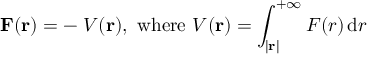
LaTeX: \mathbf { F } ( \mathbf { r } ) = - \mathbf { \nabla } V ( \mathbf { r } ) { \mathrm { , ~ w h e r e ~ } } V ( \mathbf { r } ) = \int _ { | \mathbf { r } | } ^ { + \infty } F ( r ) \, \mathrm { d } r